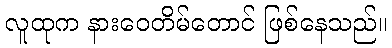
လူထုက နားဝေတိမ်တောင် ဖြစ်နေသည်။